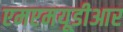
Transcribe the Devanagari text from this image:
एमएमयूडीआर